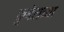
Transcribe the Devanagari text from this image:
कुबेराच्या